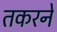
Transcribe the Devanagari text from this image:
तकरने